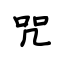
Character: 咒